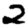
Digit: 2